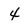
Character: 4